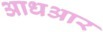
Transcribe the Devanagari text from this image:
आधआर